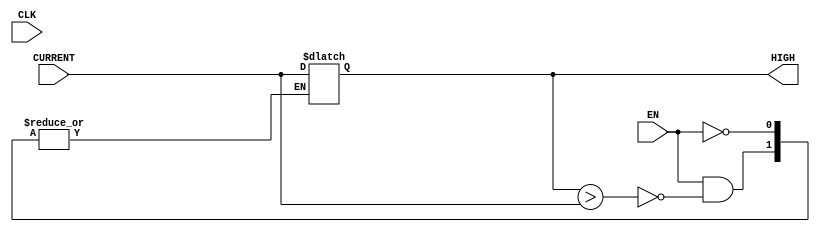
//Rudy Hill
//ECEN 2350
//Spring 2018
//
module High_score (CLK,EN,CURRENT,HIGH);
	input CLK,EN;
	input [23:0] CURRENT;
	output reg [23:0] HIGH;
	
	initial
		HIGH <= 24'b100110011001100110011001;
	
	always @(EN)
	begin
		if (EN)
		begin
			if (HIGH > CURRENT)
				HIGH <= CURRENT;
		end
	end
endmodule